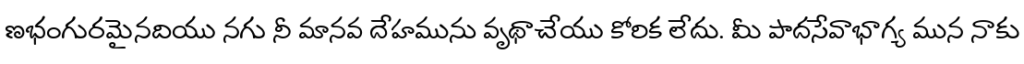
ణభంగురమైనదియు నగు నీ మానవ దేహమును వృథాచేయు కోరిక లేదు. మీ పాదసేవాభాగ్య మున నాకు